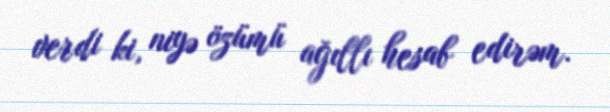
verdi ki, niyə özümü ağıllı hesab edirəm.